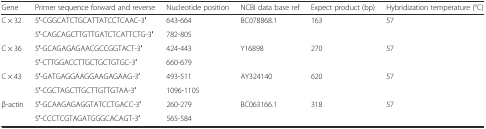
<table><thead><tr><td><b>Gene</b></td><td><b>Primer sequence forward and reverse</b></td><td><b>Nucleotide position</b></td><td><b>NCBI data base ref</b></td><td><b>Expect product (bp)</b></td><td><b>Hybridization temperature (°C)</b></td></tr></thead><tbody><tr><td>C × 32</td><td>5′-CGGCATCTGCATTATCCTCAAC-3′</td><td>643-664</td><td>BC078868.1</td><td>163</td><td>57</td></tr><tr><td></td><td>5′-CAGCAGCTTGTTGATCTCATTCTG-3′</td><td>782-805</td><td></td><td></td><td></td></tr><tr><td>C × 36</td><td>5′-GCAGAGAGAACGCCGGTACT-3′</td><td>424-443</td><td>Y16898</td><td>270</td><td>57</td></tr><tr><td></td><td>5′-CTTGGACCTTGCTGCTGTGC-3′</td><td>660-679</td><td></td><td></td><td></td></tr><tr><td>C × 43</td><td>5′-GATGAGGAAGGAAGAGAAG-3′</td><td>493-511</td><td>AY324140</td><td>620</td><td>57</td></tr><tr><td></td><td>5′-CGCTAGCTTGCTTGTTGTAA-3′</td><td>1096-1105</td><td></td><td></td><td></td></tr><tr><td>β-actin</td><td>5′-GCAAGAGAGGTATCCTGACC-3′</td><td>260-279</td><td>BC063166.1</td><td>318</td><td>57</td></tr><tr><td></td><td>5′-CCCTCGTAGATGGGCACAGT-3′</td><td>565-584</td><td></td><td></td><td></td></tr></tbody></table>